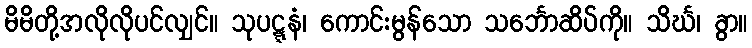
မိမိတို့အလိုလိုပင်လျှင်။ သုပဋ္ဋနံ၊ ကောင်းမွန်သော သင်္ဘောဆိပ်ကို။ သိင်္ဃ၊ ခွာ။